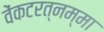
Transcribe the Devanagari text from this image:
वेंकटरत्नम्मा